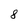
Character: 8